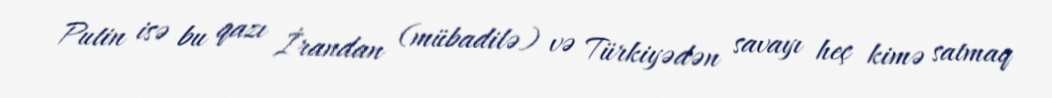
Putin isə bu qazı İrandan (mübadilə) və Türkiyədən savayı heç kimə satmaq